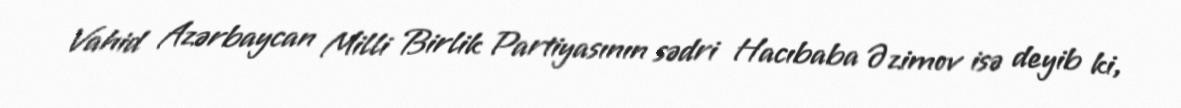
Vahid Azərbaycan Milli Birlik Partiyasının sədri Hacıbaba Əzimov isə deyib ki,